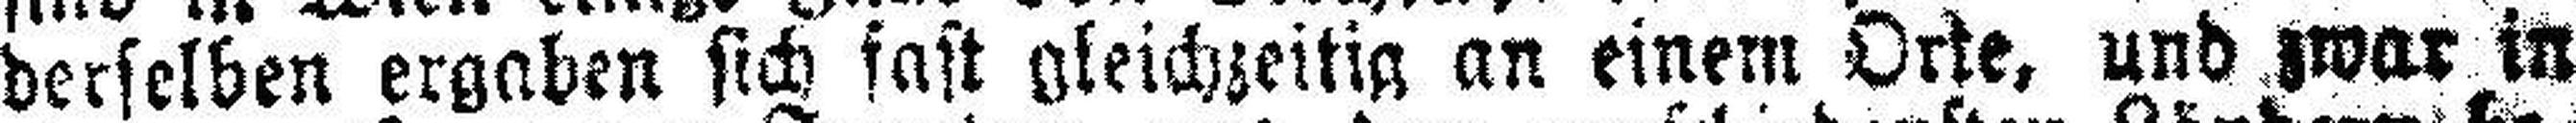
derselben ergaben sich fast gleichzeitig an einem Orte, und zwar in